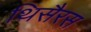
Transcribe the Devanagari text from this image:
थिसैरस